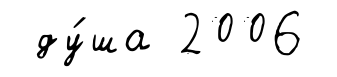
ду́ша 2006